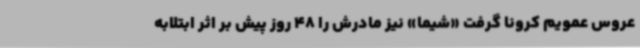
عروس عمویم کرونا گرفت «شیما» نیز مادرش را 48 روز پیش بر اثر ابتلابه